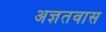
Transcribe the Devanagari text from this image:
अज्ञतवास